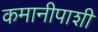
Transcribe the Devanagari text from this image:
कमानीपाशी